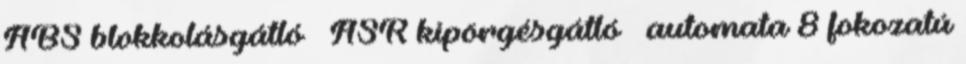
ABS blokkolásgátló – ASR kipörgésgátló – automata 8 fokozatú